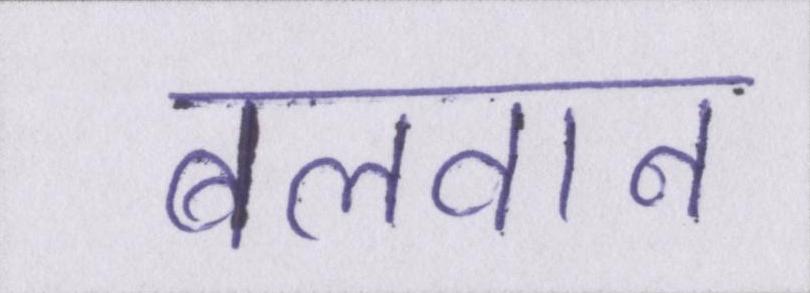
बलवान